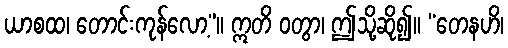
ယာစထ၊ တောင်းကုန်လော့”။ ဣတိ ဝတွာ၊ ဤသို့ဆို၍။ “တေနဟိ၊